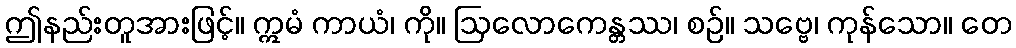
ဤနည်းတူအားဖြင့်။ ဣမံ ကာယံ၊ ကို။ ဩလောကေန္တဿ၊ စဉ်။ သဗ္ဗေ၊ ကုန်သော။ တေ